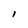
Character: I